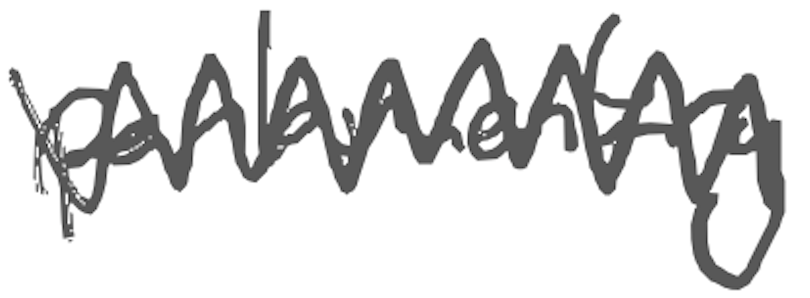
Text: parliamentary
Cross-out: zig-zag
Writing tool: digital_gray